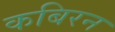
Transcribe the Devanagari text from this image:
कबिरन